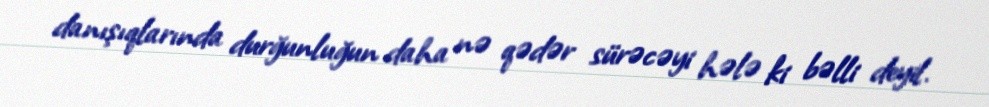
danışıqlarında durğunluğun daha nə qədər sürəcəyi hələ ki bəlli deyil.